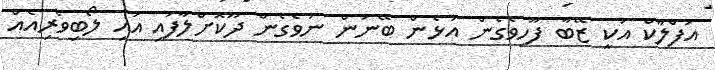
އަފްލާކް އަކީ ޒޭބާ ފޫހިވެގެން އުޅެން ބޭނުން ނުވެގެން ދޫކޮށްލާފައި އައި ލޯބިވެރިއެއް